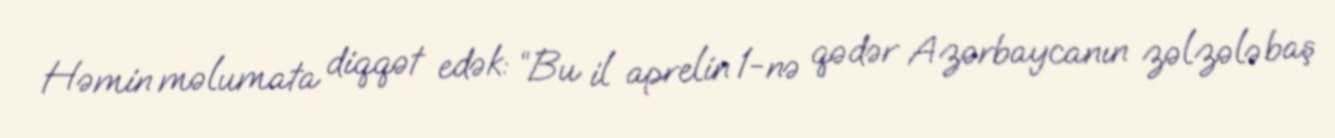
Həmin məlumata diqqət edək: “Bu il aprelin 1-nə qədər Azərbaycanın zəlzələ baş